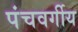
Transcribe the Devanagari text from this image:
पंचवर्गीय